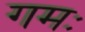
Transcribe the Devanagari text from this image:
गमः